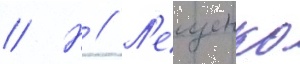
// Н // Л'ещенко